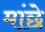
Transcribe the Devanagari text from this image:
मांछे